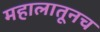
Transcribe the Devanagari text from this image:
महालातूनच